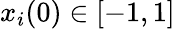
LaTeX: x_{i}(0)\in[-1,1]